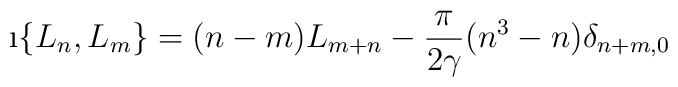
\i \{L_n, L_m \} = (n-m)L_{m+n}  - \frac{\pi}{2\gamma}(n^3 - n)\delta_{n+m,0} \,